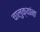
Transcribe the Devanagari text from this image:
चालुक्यांना